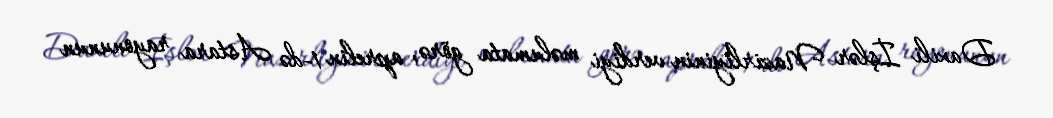
Daxili İşlər Nazirliyinin verdiyi məlumata görə, aprelin 1-də Astara rayonunun